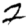
Digit: 2